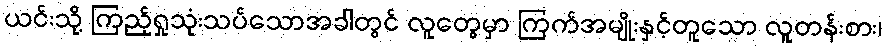
ယင်းသို့ ကြည့်ရှုသုံးသပ်သောအခါတွင် လူတွေမှာ ကြက်အမျိုးနှင့်တူသော လူတန်းစား၊